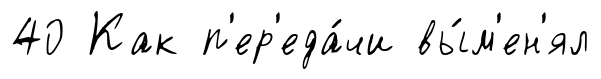
40 Как п'ер'еда́чи вы́м'ен'ял